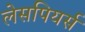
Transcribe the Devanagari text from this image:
लेसपियर्स